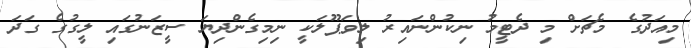
މިއަދުގެ މެޗަށް މި ދެޓީމު ނިކުންނައިރު ލިވަޕޫލަކީ ނިމިގެންދިޔަ ސީޒަނުގައި ލީގުގެ ގަދަ